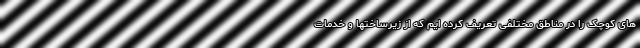
های کوچک را در مناطق مختلفی تعریف کرده ایم که از زیرساختها و خدمات